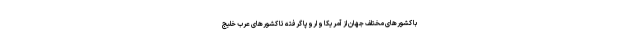
با کشورهای مختلف جهان از آمریکا و اروپا گرفته تا کشورهای عرب خلیج